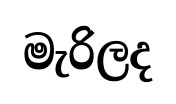
මැරිලද